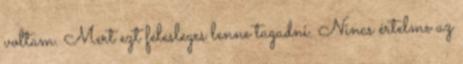
voltam. Mert ezt felesleges lenne tagadni. Nincs értelme az